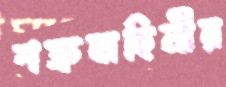
শত্রুবাহিনীর